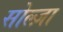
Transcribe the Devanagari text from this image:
सोल्ज़ा